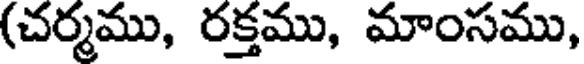
(చర్మము, రక్తము, మాంసము,